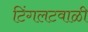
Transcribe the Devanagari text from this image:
टिंगलटवाळी